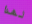
لهذا